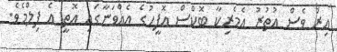
އިރު ވެސް އުތުރު އެމެރިކާ ބޮކްސް އޮފީހުގެ އެއްވަނާގައި އޮތީ އެ ފިލްމެވެ.